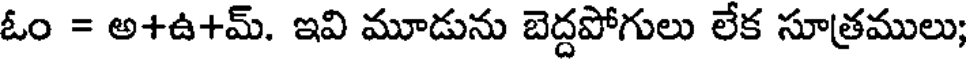
ఓం = అ+ఉ+మ్. ఇవి మూడును బెద్దపోగులు లేక సూత్రములు;